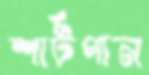
শার্টগান